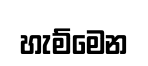
හැම්මෙන